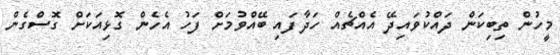
މީހުން ތިބިކަން ދައްކުވައިދޭ އެއްޗެއް ހަދާފައި ބޭއްވުމަށް ފަހު އެހެން ގޮޅިއަކަށް ގޮސްގެން